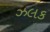
ઝલક